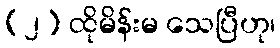
(၂) ထိုမိန်းမ သေပြီဟု၊